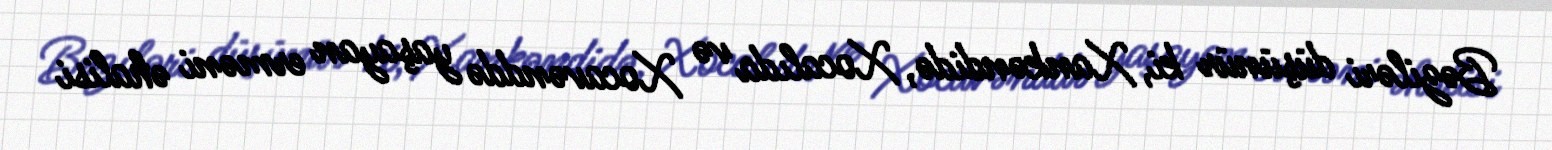
Bəziləri düşünür ki, Xankəndidə, Xocalıda və Xocavənddə yaşayan erməni əhalisi